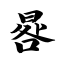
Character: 晷